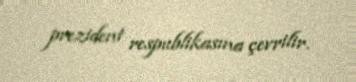
prezident respublikasına çevrilir.